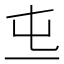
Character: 𠀏